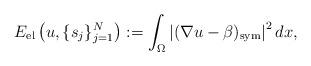
LaTeX: \begin{align*}E_{\mathrm{el}}\left(u, \{s_j\}_{j=1}^N\right):= \int_{\Omega} \left|(\nabla u - \beta)_{\mathrm{sym}}\right|^2 dx,\end{align*}